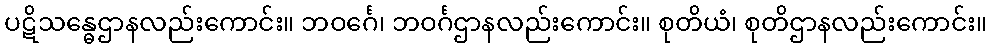
ပဋိသန္ဓေဌာနလည်းကောင်း။ ဘဝင်္ဂေ၊ ဘဝင်္ဂဌာနလည်းကောင်း။ စုတိယံ၊ စုတိဌာနလည်းကောင်း။